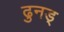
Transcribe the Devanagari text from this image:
ढुनड्